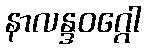
နာလန္ဒဝဂ္ဂေါ